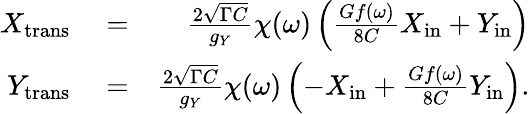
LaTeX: \begin{array}{rlr}{X_{\mathrm{trans}}}&{{}=}&{\frac{2\sqrt{\Gamma C}}{g_{Y}}\chi(\omega)\left(\frac{Gf(\omega)}{8C}X_{\mathrm{in}}+Y_{\mathrm{in}}\right)}\\ {Y_{\mathrm{trans}}}&{{}=}&{\frac{2\sqrt{\Gamma C}}{g_{Y}}\chi(\omega)\left(-X_{\mathrm{in}}+\frac{Gf(\omega)}{8C}Y_{\mathrm{in}}\right).}\end{array}